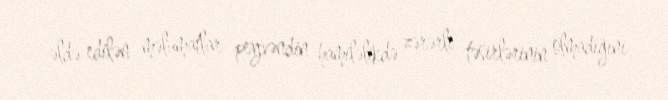
əldə edilən məlumatlar peyvəndin hamiləlikdə zərərli təsirlərinin olmadığını